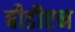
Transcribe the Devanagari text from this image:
बीडीएन